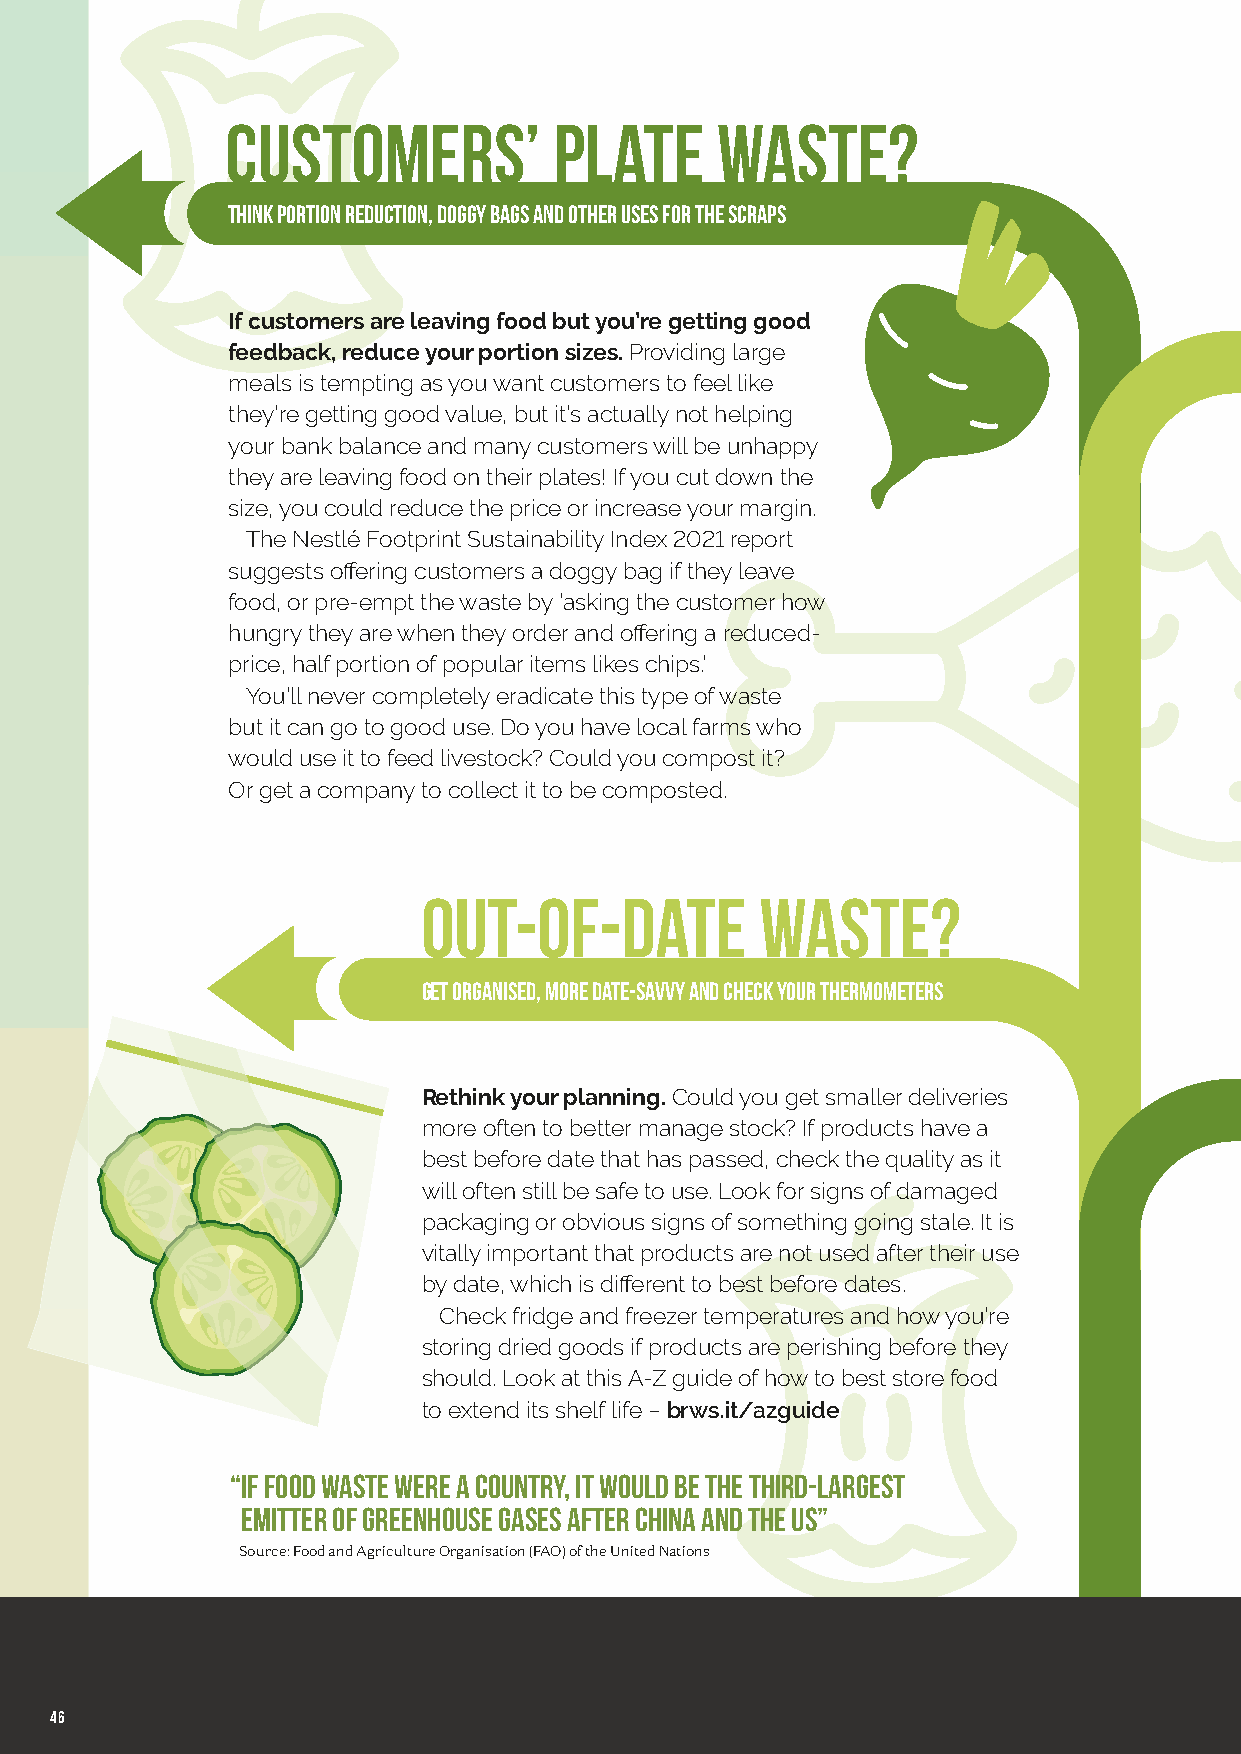
customers’            plate      Waste?
 THINK PORTION REDUCTION, DOGGY BAGS AND OTHER USES FOR THE SCRAPS
 If customers are leaving food but you’re getting good
 feedback, reduce your portion sizes. Providing large
 meals is tempting as you want customers to feel like
 they’re getting good value, but it’s actually not helping
 your bank balance and many customers will be unhappy
 they are leaving food on their plates! If you cut down the
 size, you could reduce the price or increase your margin.
 The Nestlé Footprint Sustainability Index 2021 report
 suggests off ering customers a doggy bag if they leave
 food, or pre-empt the waste by ‘asking the customer how
 hungry they are when they order and off ering a reduced-
 price, half portion of popular items likes chips.’
 You’ll never completely eradicate this type of waste
 but it can go to good use. Do you have local farms who
 would use it to feed livestock? Could you compost it?
 Or get a company to collect it to be composted.
 Out-of-date           waste?
 GET ORGANISED, MORE DATE-SAVVY AND CHECK YOUR THERMOMETERS
 Rethink your planning. Could you get smaller deliveries
 more often to better manage stock? If products have a
 best before date that has passed, check the quality as it
 will often still be safe to use. Look for signs of damaged
 packaging or obvious signs of something going stale. It is
 vitally important that products are not used after their use
 by date, which is diff erent to best before dates.
 Check fridge and freezer temperatures and how you’re
 storing dried goods if products are perishing before they
 should. Look at this A-Z guide of how to best store food
 to extend its shelf life – brws.it/azguide
 “ If food waste were a country, it would be the third-largest
 emitter of greenhouse gases after China and the US”
 Source: Food and Agriculture Organisation (FAO) of the United Nations
 46
 BB&&KK--iissssuuee--0088--pp4444--4477--CCSSRR__vv66 SSUUBB..iinndddd 4466 1122//1100//22002211 1155::2244